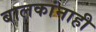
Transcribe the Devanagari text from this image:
बालकांनाही